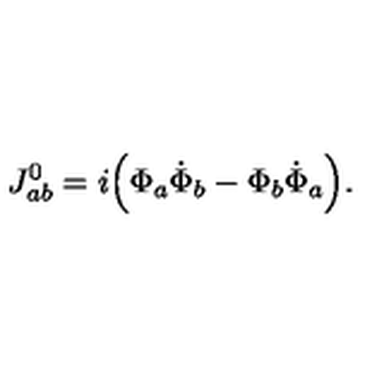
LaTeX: J _ { a b } ^ { 0 } = i \Big ( \Phi _ { a } \dot { \Phi } _ { b } - \Phi _ { b } \dot { \Phi } _ { a } \Big ) .